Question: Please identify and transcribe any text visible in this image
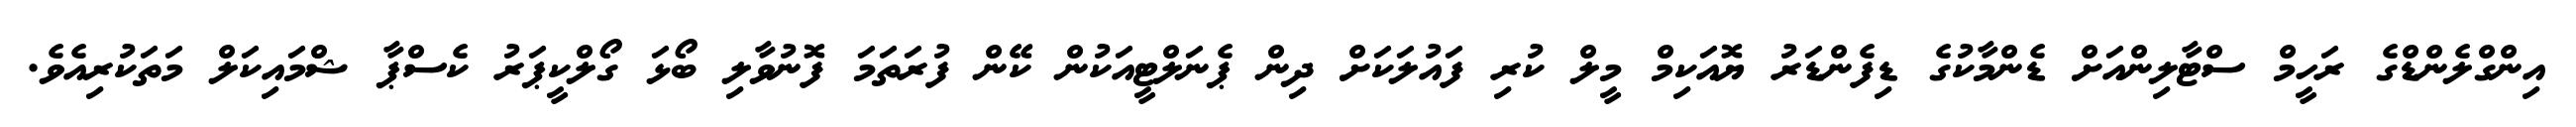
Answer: އިންގްލެންޑްގެ ރަހީމް ސްޓާލިންއަށް ޑެންމާކުގެ ޑިފެންޑަރު ޔޮއަކިމް މީލް ކުރި ފައުލަކަށް ދިން ޕެނަލްޓީއަކުން ކޭން ފުރަތަމަ ފޮނުވާލި ބޯޅަ ގޯލްކީޕަރު ކެސްޕާ ޝްމައިކަލް މަތަކުރިއެވެ.